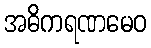
အဓိကရဏမေဝ